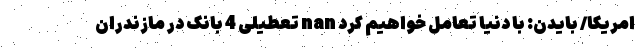
امریکا/ بایدن: با دنیا تعامل خواهیم کرد nan تعطیلی 4 بانک در مازندران